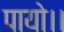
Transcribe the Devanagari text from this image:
पायो।।